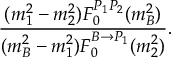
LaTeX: \frac { ( m _ { 1 } ^ { 2 } - m _ { 2 } ^ { 2 } ) F _ { 0 } ^ { P _ { 1 } P _ { 2 } } ( m _ { B } ^ { 2 } ) } { ( m _ { B } ^ { 2 } - m _ { 1 } ^ { 2 } ) F _ { 0 } ^ { B \to P _ { 1 } } ( m _ { 2 } ^ { 2 } ) } .